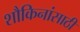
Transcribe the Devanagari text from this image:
शौकिनांसाठी